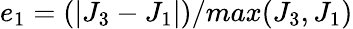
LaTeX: e_{1}=(|J_{3}-J_{1}|)/max(J_{3},J_{1})